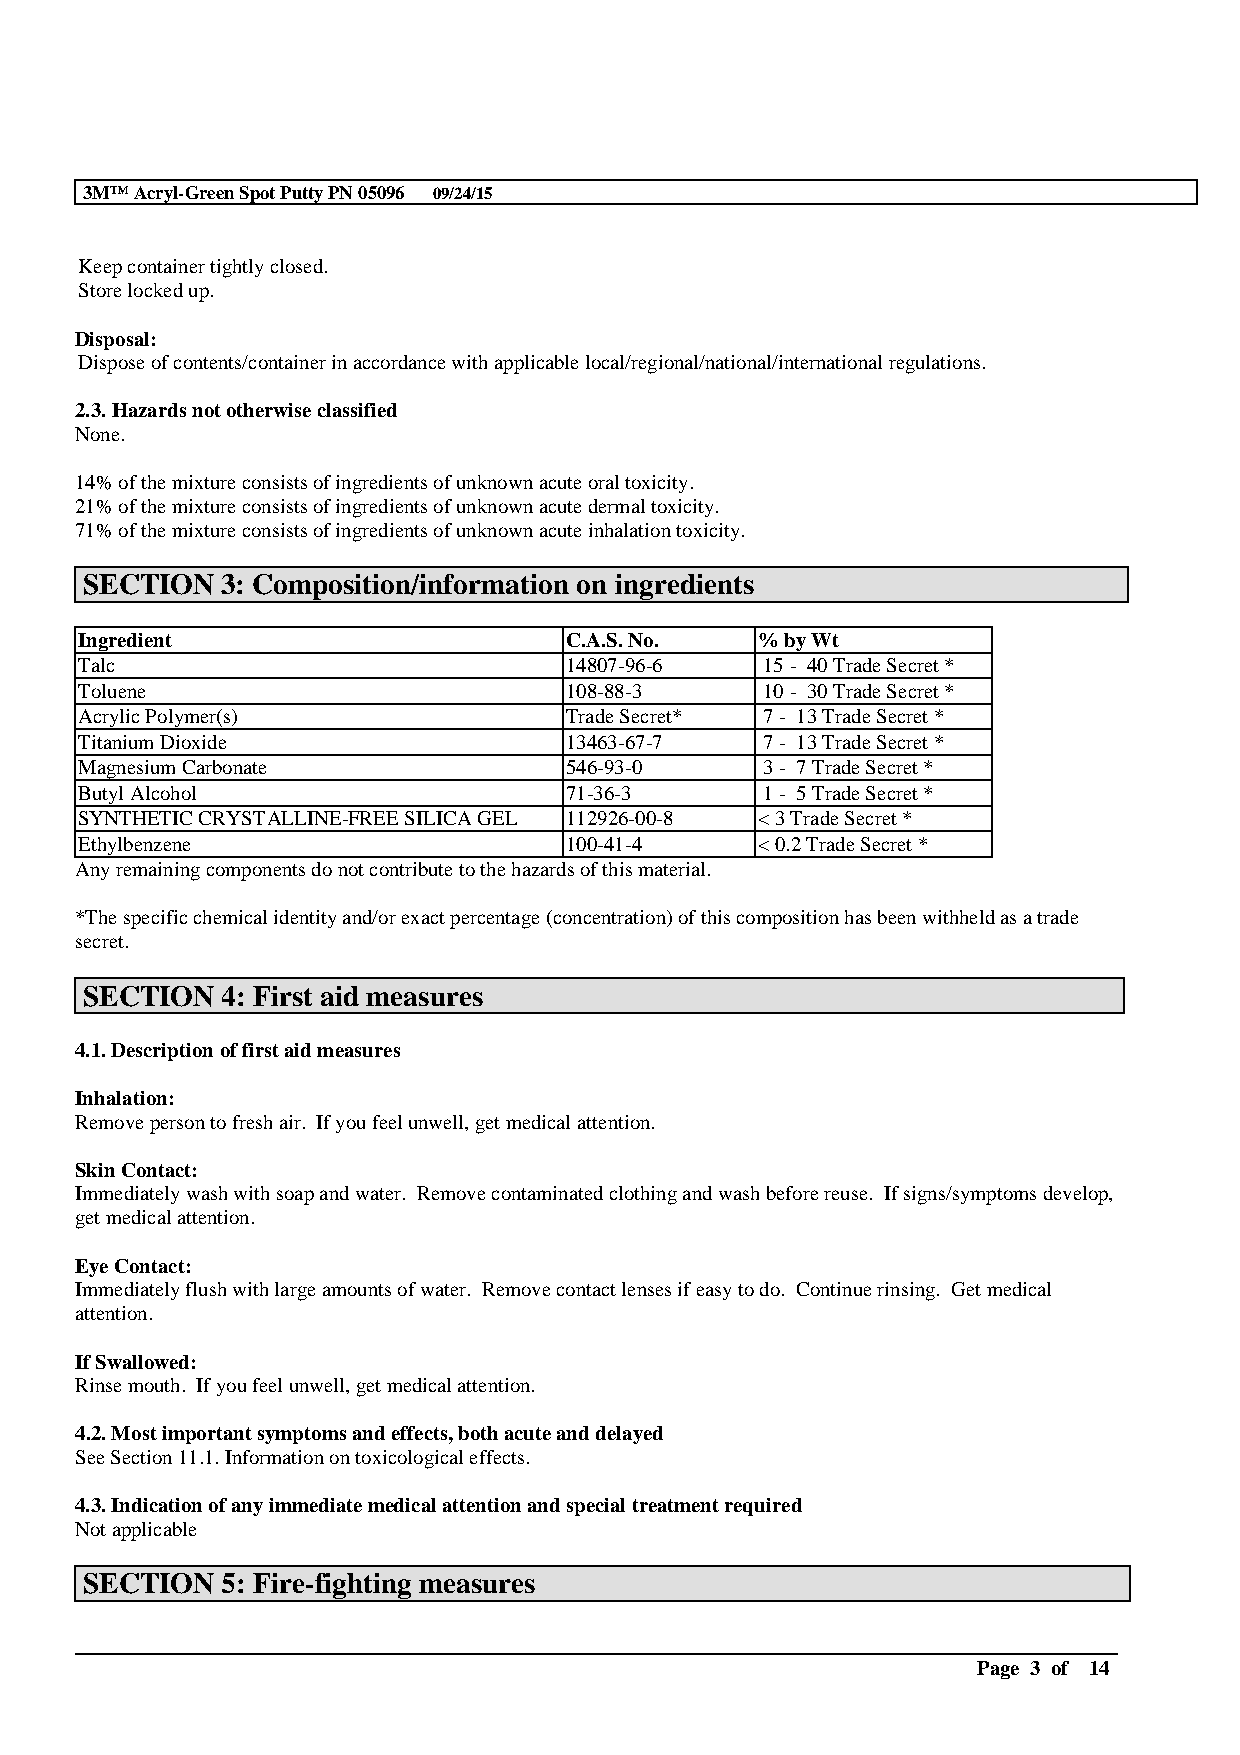
3M™Acryl-Green Spot Putty PN 05096 09/24/15
 Keep container tightly closed.
 Store locked up.
 Disposal:
 Dispose of contents/container in accordance with applicable local/regional/national/international regulations.
 2.3. Hazards not otherwise classified
 None.
 14% of the mixture consists of ingredients of unknown acute oral toxicity.
 21% of the mixture consists of ingredients of unknown acute dermal toxicity.
 71% of the mixture consists of ingredients of unknown acute inhalation toxicity.
 SECTION   3: Composition/information on ingredients
 Ingredient                      C.A.S. No.   % by Wt
 Talc                            14807-96-6    15 - 40 Trade Secret *
 Toluene                         108-88-3      10 - 30 Trade Secret *
 Acrylic Polymer(s)              Trade Secret* 7 - 13 Trade Secret *
 Titanium Dioxide                13463-67-7    7 - 13 Trade Secret *
 Magnesium Carbonate             546-93-0      3 - 7 Trade Secret *
 Butyl Alcohol                   71-36-3       1 - 5 Trade Secret *
 SYNTHETIC CRYSTALLINE-FREE SILICA GEL 112926-00-8 < 3 Trade Secret *
 Ethylbenzene                    100-41-4     < 0.2 Trade Secret *
 Any remaining components do not contribute to the hazards of this material.
 *The specific chemical identity and/or exact percentage (concentration) of this composition has been withheld as a trade
 secret.
 SECTION   4: First aid measures
 4.1. Description of first aid measures
 Inhalation:
 Remove person to fresh air. If you feel unwell, get medical attention.
 Skin Contact:
 Immediately wash with soap and water. Remove contaminated clothing and wash before reuse. If signs/symptoms develop,
 get medical attention.
 Eye Contact:
 Immediately flush with large amounts of water. Remove contact lenses if easy to do. Continue rinsing. Get medical
 attention.
 If Swallowed:
 Rinse mouth. If you feel unwell, get medical attention.
 4.2. Most important symptoms and effects, both acute and delayed
 See Section 11.1. Information on toxicological effects.
 4.3. Indication of any immediate medical attention and special treatment required
 Not applicable
 SECTION   5: Fire-fighting measures
 __________________________________________________________________________________________
 Page 3 of 14